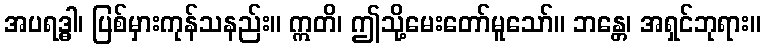
အပရဒ္ဓါ၊ ပြစ်မှားကုန်သနည်း။ ဣတိ၊ ဤသို့မေးတော်မူသော်။ ဘန္တေ၊ အရှင်ဘုရား။